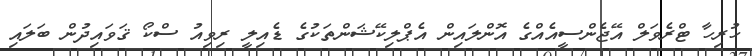
ހުރިހާ ޓްރެވަލް އޭޖެންސީއެއްގެ އޮންލައިން އެޕްލިކޭޝަންތަކުގެ ޑެއިލީ ރިވިއު ސްކޯ ޤަވައިދުން ބަލައި